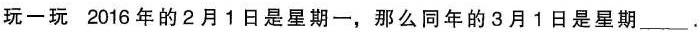
玩一玩 2016年的2月1日是星期一，那么同年的3月1日是星期___.